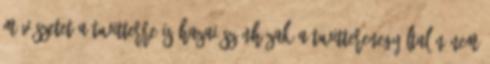
művészetet a Twitterre is Hazai színházak a TwitterenEgyáltalán nem